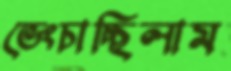
ভেংচাচ্ছিলাম